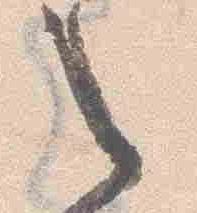
之